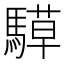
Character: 騲